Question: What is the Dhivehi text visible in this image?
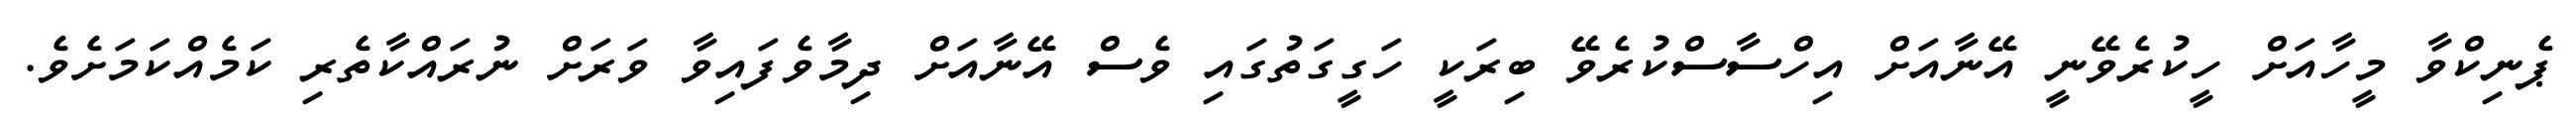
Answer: ޕެނިކްވާ މީހާއަށް ހީކުރެވޭނީ އޭނާއަށް އިހްސާސްކުރެވޭ ބިރަކީ ހަގީގަތުގައި ވެސް އޭނާއަށް ދިމާވެފައިވާ ވަރަށް ނުރައްކާތެރި ކަމެއްކަމަށެވެ.